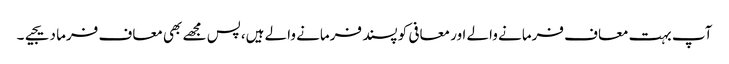
آپ بہت معاف فرمانے والے اور معافی کو پسند فرمانے والے ہیں،پس مجھے بھی معاف فرما دیجیے۔